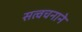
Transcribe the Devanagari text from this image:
सत्वचनाने